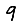
Digit: 9